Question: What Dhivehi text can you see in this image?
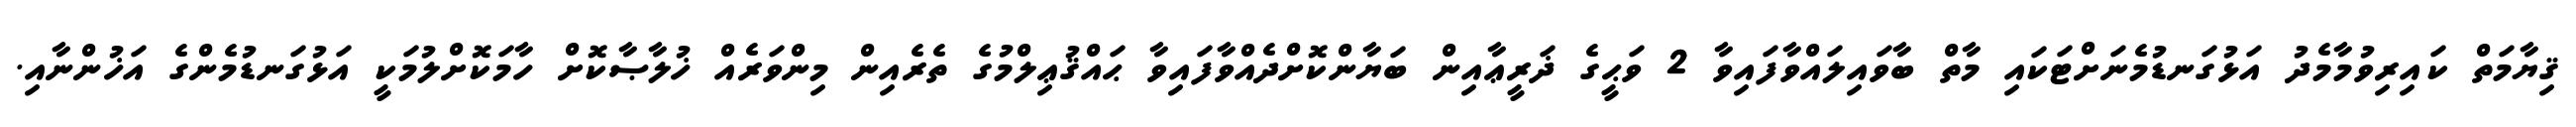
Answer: ޤިޔާމަތް ކައިރިވުމާމެދު އަޅުގަނޑުމެނަށްޓަކައި މާތް ބާވައިލައްވާފައިވާ 2 ވަޙީގެ ޛަރީޢާއިން ބަޔާންކޮށްދެއްވާފައިވާ ޙައްޤުޢިލްމުގެ ތެރެއިން މިންވަރެއް ޚުލާޞާކޮށް ހާމަކޮށްލުމަކީ އަޅުގަނޑުމެންގެ އަޚުންނާއި.